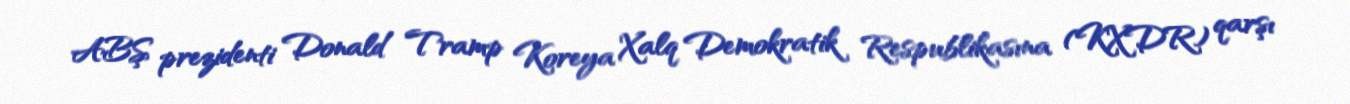
ABŞ prezidenti Donald Tramp Koreya Xalq Demokratik Respublikasına (KXDR) qarşı